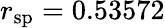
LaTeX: r_{\mathrm{sp}}=0.53572